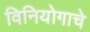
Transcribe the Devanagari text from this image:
विनियोगाचे